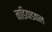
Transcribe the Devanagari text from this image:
नाडियाडवाल